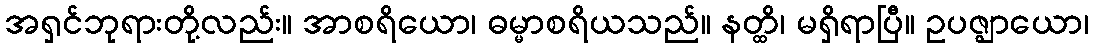
အရှင်ဘုရားတို့လည်း။ အာစရိယော၊ ဓမ္မာစရိယသည်။ နတ္ထိ၊ မရှိရာပြီ။ ဥပဇ္ဈာယော၊